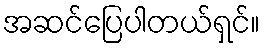
အဆင်ပြေပါတယ်ရှင်။